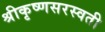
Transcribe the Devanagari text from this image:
श्रीकृष्णसरस्वती